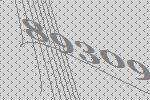
89309